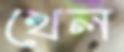
খেল